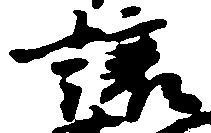
譲